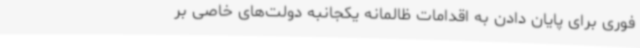
فوری برای پایان دادن به اقدامات ظالمانه یکجانبه دولت‌های خاصی بر